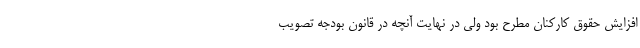
افزایش حقوق کارکنان مطرح بود ولی در نهایت آنچه در قانون بودجه تصویب